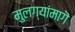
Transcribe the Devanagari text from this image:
मुलग्यांमागॆ